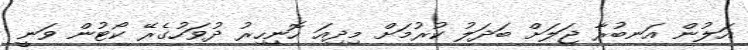
އަލުން އަނބުރާ ޖަލަށް ބަދަލު ކުރުމަށް މިދިއަ ހޮނިހިރު ދުވަހުގެރޭ ކޯޓުން ވަނީ